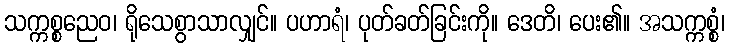
သက္ကစ္စညေဝ၊ ရိုသေစွာသာလျှင်။ ပဟာရံ၊ ပုတ်ခတ်ခြင်းကို။ ဒေတိ၊ ပေး၏။ အသက္ကစ္စံ၊